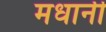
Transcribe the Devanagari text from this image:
मधानी